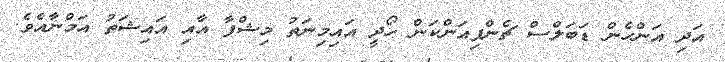
އަދި އަންހެން ޑަބަލްސް ޗެންޕިއަންކަން ހޯދީ އައިމިނަތު މިޝްފާ އާއި އައިޝަތު އަމްނާއެވެ.